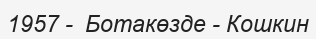
1957 -  Ботакөзде - Кошкин